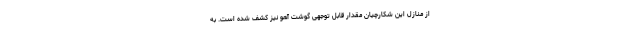
از منازل این شکارچیان مقدار قابل توجهی گوشت آهو نیز کشف شده است. به